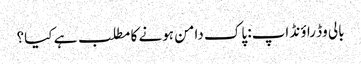
بالی وڈ راؤنڈ اپ: پاک دامن ہونے کا مطلب ہے کیا؟